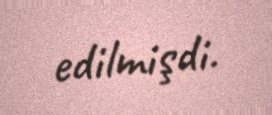
edilmişdi.